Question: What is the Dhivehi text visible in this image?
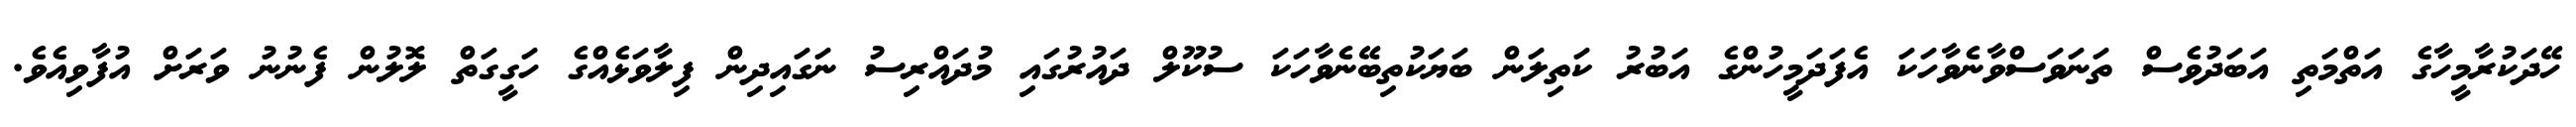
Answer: ހޭދަކުރާމީހާގެ އަތްމަތި އަބަދުވެސް ތަނަވަސްވާނެވާހަކަ އެފަދަމީހުންގެ އަބުރު ކަތިލަން ބަޔަކުތިބޭނެވާހަކަ ސުކޫލް ދައުރުގައި މުދައްރިސު ނަގައިދިން ފިލާވަޅެއްގެ ހަގީގަތް ލޮލުން ފެނުނު ވަރަށް އުފާވިއެވެ.